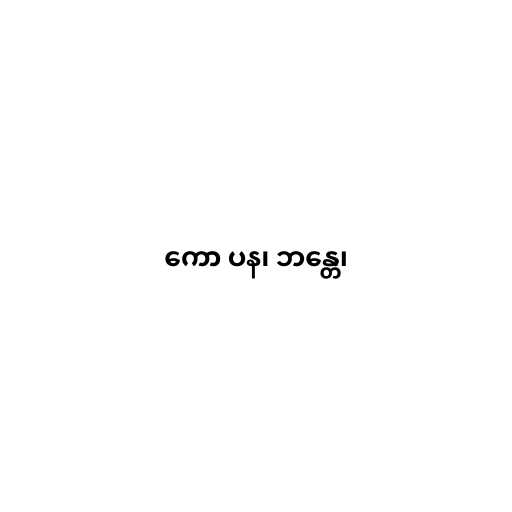
ကော ပန၊ ဘန္တေ၊